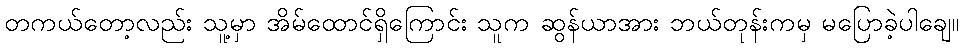
တကယ်တော့လည်း သူ့မှာ အိမ်ထောင်ရှိကြောင်း သူက ဆွန်ယာအား ဘယ်တုန်းကမှ မပြောခဲ့ပါချေ။